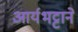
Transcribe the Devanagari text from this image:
आर्यभट्टाने